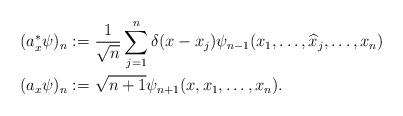
LaTeX: \begin{align*}(a^\ast_x\psi)_n := &\ \frac{1}{\sqrt{n}} \sum^n_{j=1} \delta(x-x_j) \psi_{n-1}(x_1, \ldots, \widehat x_j, \ldots, x_n)\\(a_x\psi)_n :=&\ \sqrt{n+1}\psi_{n+1}(x, x_1, \ldots, x_n).\end{align*}